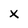
Character: x